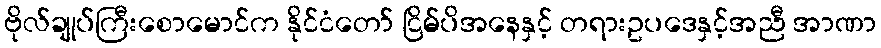
ဗိုလ်ချုပ်ကြီးစောမောင်က နိုင်ငံတော် ငြိမ်ပိအနေနှင့် တရားဥပဒေနှင့်အညီ အာဏာ